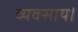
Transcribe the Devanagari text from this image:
व्यवसाय।